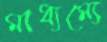
মাধ্যম্যে